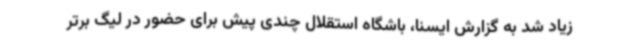
زیاد شد به گزارش ایسنا، باشگاه استقلال چندی پیش برای حضور در لیگ برتر